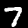
Digit: 7